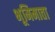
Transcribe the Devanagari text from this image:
भूमिमाता